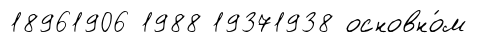
18961906 1988 19371938 основно́м